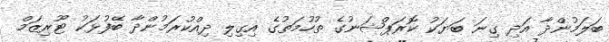
ބަލަމުންދާ އަދި ގިނަ ބަޔަކު ކޮރަޕްޝަނުގެ ތުހުމަތުގެ އިގިލި ދިއްކުރަމުންދާ ބޭފުޅަކު ޓޫރިޒަމް